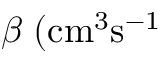
\beta \; ( \mathrm { { c m } ^ { 3 } \mathrm { { s } ^ { - 1 } } }